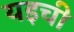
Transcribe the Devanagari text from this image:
यइची